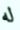
له